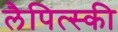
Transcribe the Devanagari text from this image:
लैपित्स्की